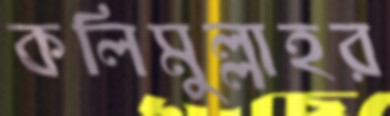
কলিমুল্লাহর